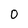
Character: 0